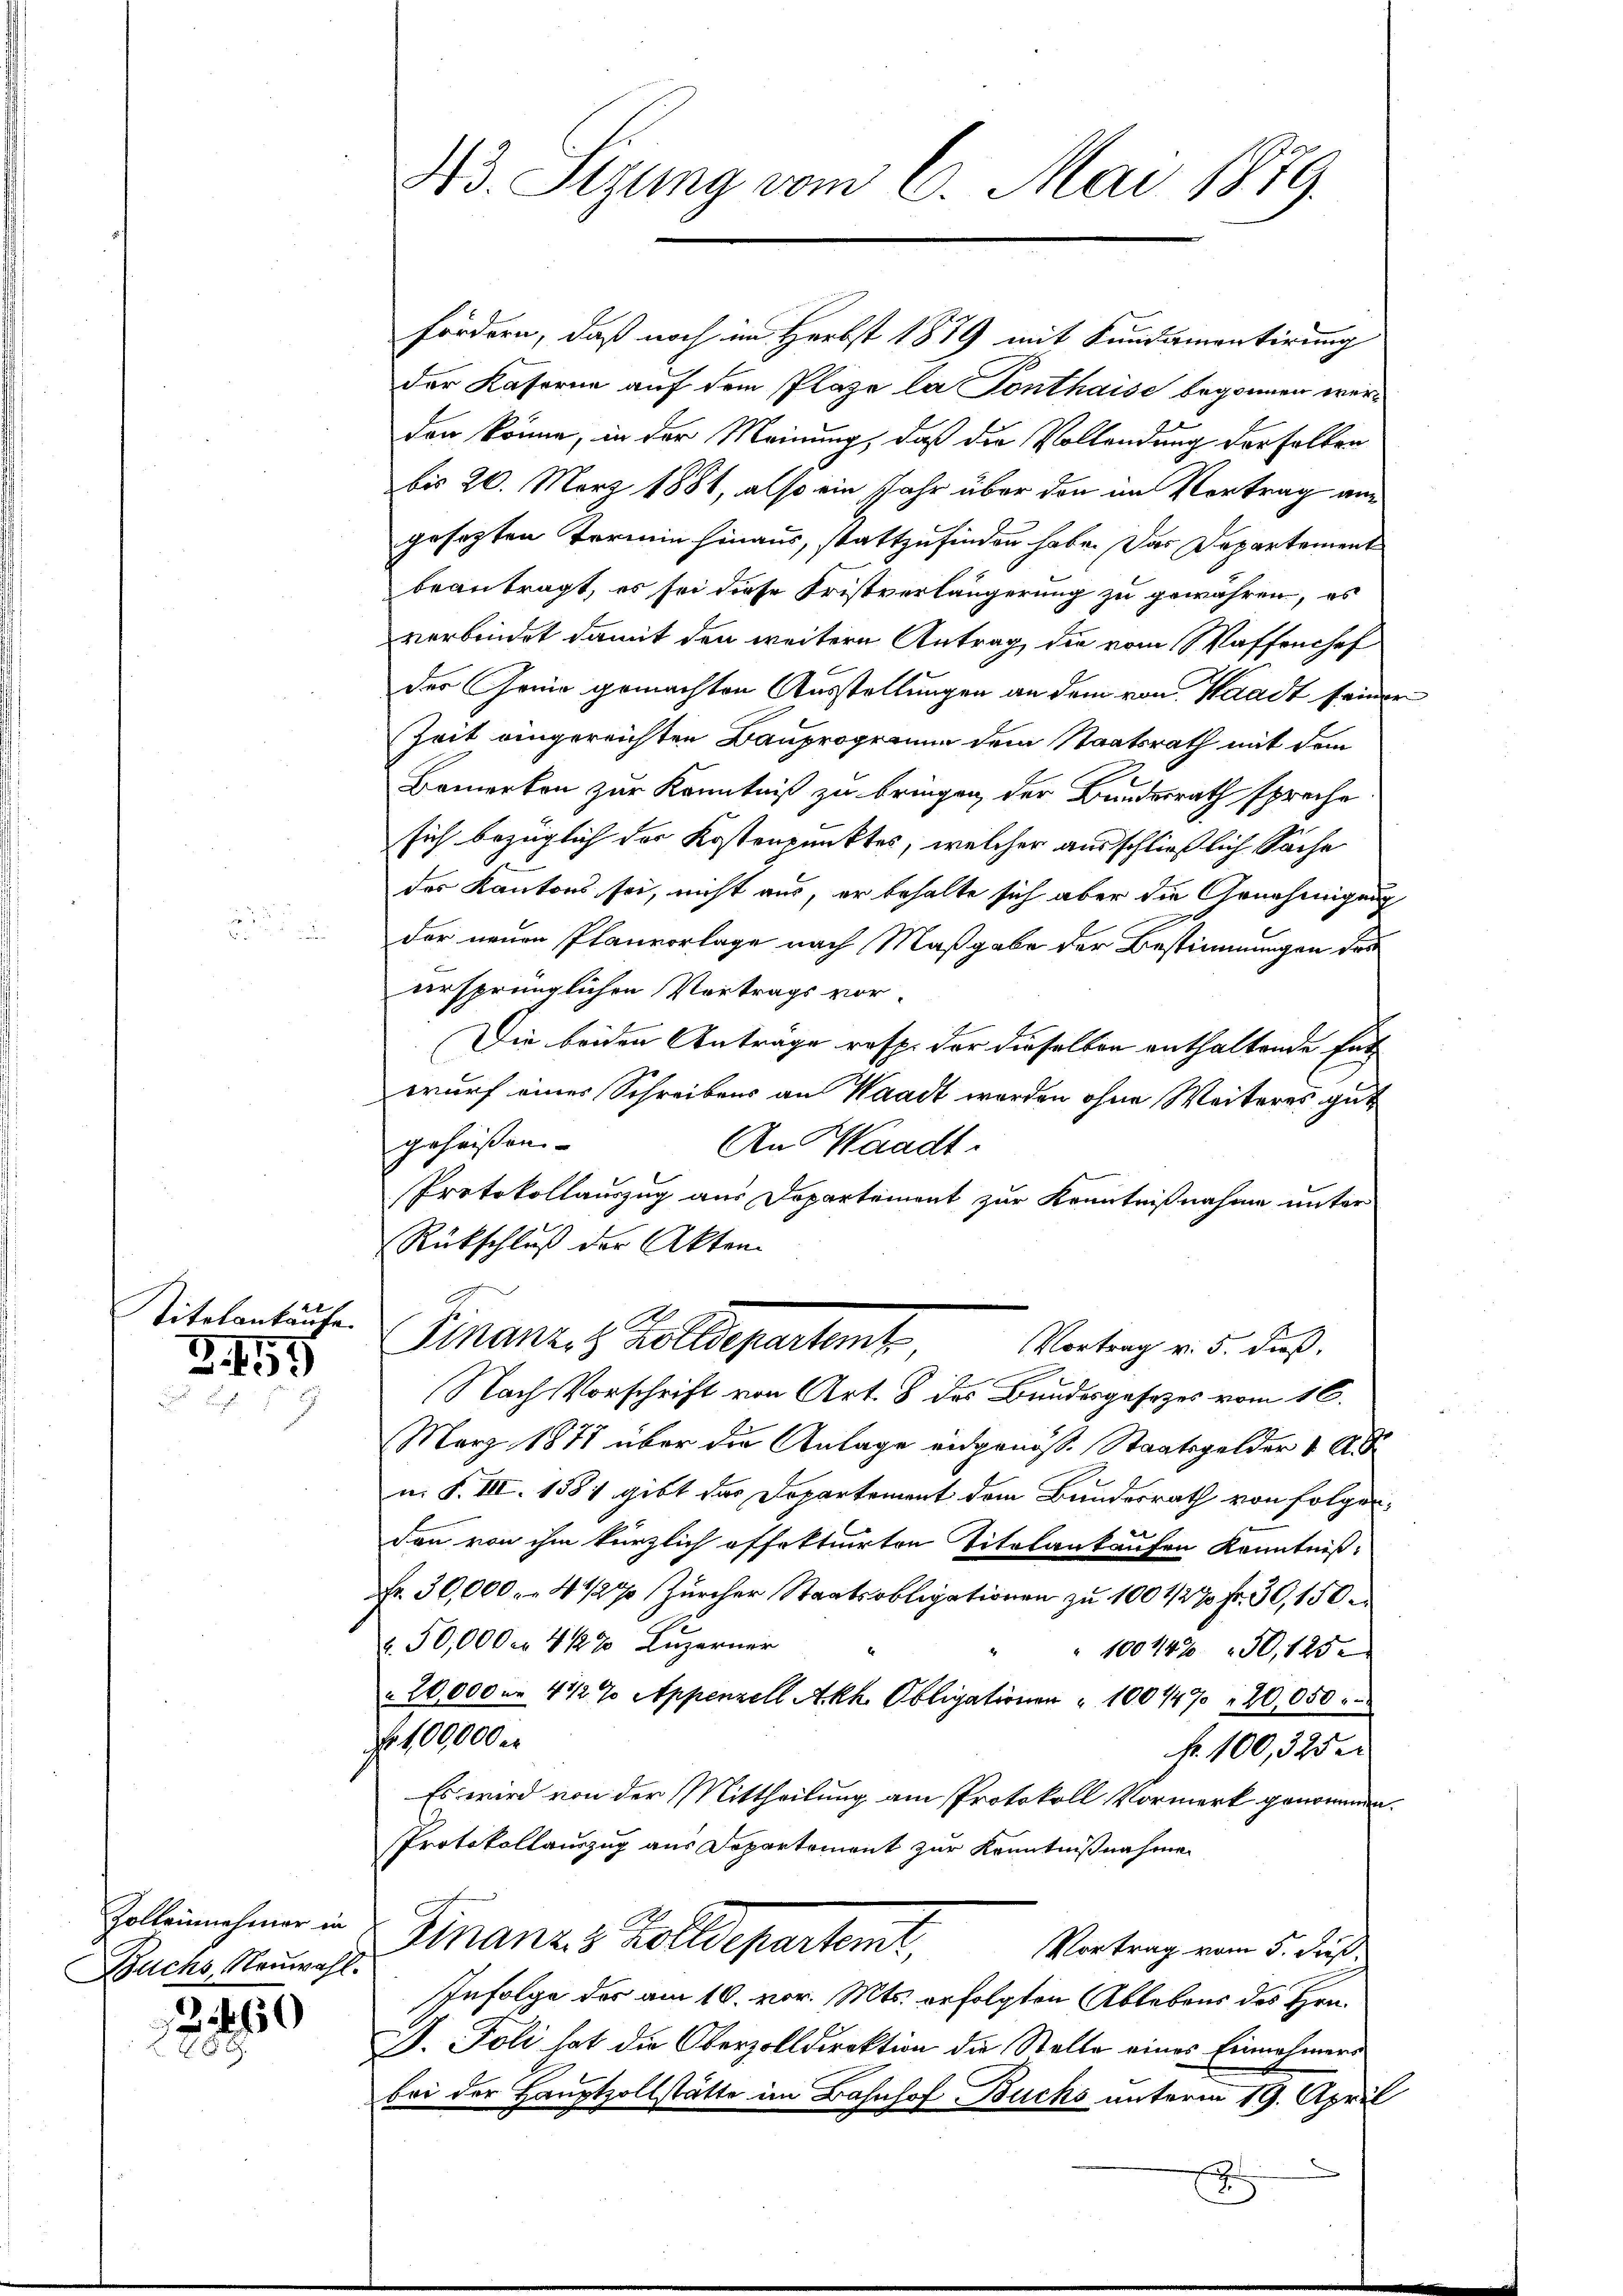
Titelankäufe.

Z. 159

Buchs, Neuwahl.

2460
2

fordern, daß noch im Herbst 1879 mit Kundamentirung
der Kaserne auf dem Plaze la Ponthaise begonnen werden könne, in der Meinung, daß die Vollendung derselben
bis 26. März 1881, also ein Jahr über den im Vortrag angesezten Termin hinaus, stattzufinden habe. Das Departement
beantragt, es sei diese Fristverlängerung zu gewähren, es
verbindet damit den weitere Antrag die vom Waffenhef
der Genie gemachten Ausstellungen an dem von Waadt seiner
Zeit eingereichten Bauprogramm dem Staatsrath mit dem
Bemerken zur Kenntniß zu bringen der Bundesrath spreche
sich bezüglich der Kostenpunktes, welcher ausschließlich Sache
des Kantons sei, nicht aus, er behalte sich aber die Genehmigung
der neuen Planvorlage nach Maßgabe der Bestimmungen des
ursprünglichen Vortrags vor¬
Die beiden Anträge resp. der dieselben enthaltende Ent-
wurf eines Schreibens an Waadt worden ohne Weiteres gut
geheissen
An Waadt
Protokollauszug aus Departement zur Kenntnißnahme unter
Rückschluß der Akten.
Finanz z. Bolldepartent
Vortrag v. 5. dieß,
Nach Vorschrift von Art. 8 des Bundesgesetzes vom 16.
März 1871 über die Anlage eidgenöß. Staatsgelder 1 A
n. F. III. 1581 gibt das Departement dem Bundesrath von folgendann von ihm kürzlich offektuirten Titelankaufen Kenntniß:
Fr. 30,000 - 4 1/2% Zürcher Staatsobligationen zu 100 1/2% Fr. 30, 150
r. 50,000 f 4 1/2% Luzerner
" 100442 50, 125.
 20,000 n 4 1/2 % Appenzell Akk. Obligationen " 100447 " 20,050
f. 100000
fr. 100, 325 ei
Es wird von der Mittheilung am Protokoll Vormerk genommen.
Protokollauszug aus Departement zur Kenntnißnahme
Zelleinehmer in Finanz s. Zolldepartemt,
Vortrag vom 5. Fuß,
Infolge des am 10. vor. Mts. erfolgten Ablebens des Hrn.
J. Poli hat die Oberzolldirektion die Stelle eines Einnehmers
bei der Hauptzollstätte im Bahnhof Buchs unterm 19. April

43. Sizung vom 6. Mai 1879.

E